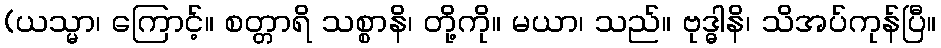
(ယသ္မာ၊ ကြောင့်။ စတ္တာရိ သစ္စာနိ၊ တို့ကို။ မယာ၊ သည်။ ဗုဒ္ဓါနိ၊ သိအပ်ကုန်ပြီ။